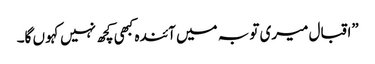
”اقبال میری تو بہ میں آئندہ کبھی کچھ نہیں کہو ں گا۔